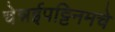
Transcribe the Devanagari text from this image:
चेन्नईपट्टिनमचे